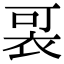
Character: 𧙑